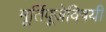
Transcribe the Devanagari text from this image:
मूर्तिपूजेविषयी